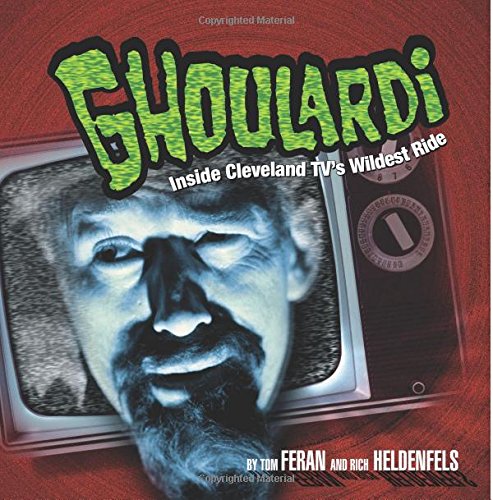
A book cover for Ghoulardi: Inside Cleveland TV's Wildest Ride (Ohio); Tom Feran; Biographies & Memoirs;